Annual report on the lock hospitals of the Madras Presidency
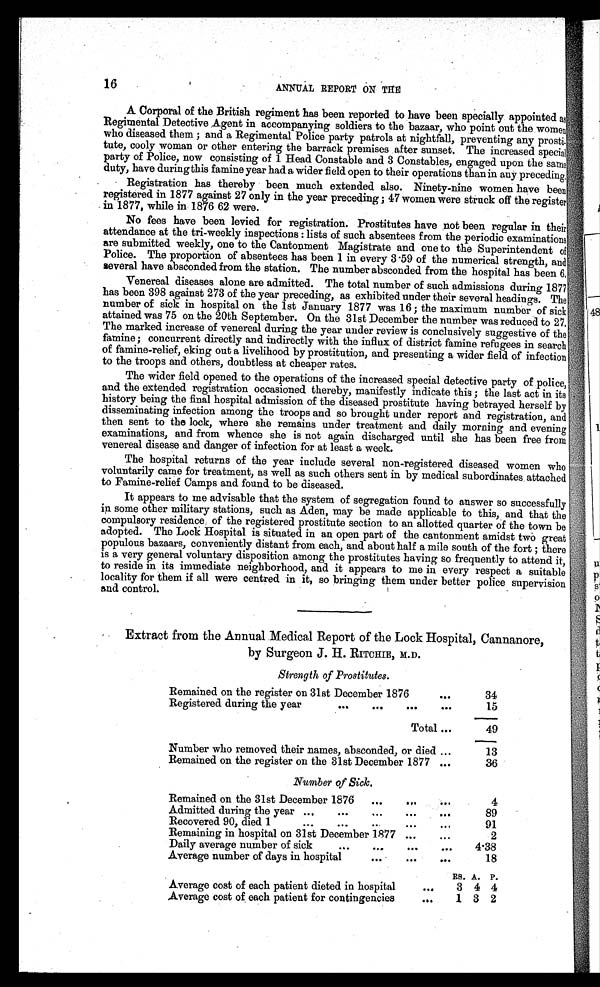
16
ANNUAL REPORT ON THE
A Corporal of the British regiment has been reported to have been specially appointed as
Regimental Detective Agent in accompanying soldiers to the bazaar, who point out the women
who diseased them; and a Regimental Police party patrols at nightfall, preventing any
p r o s t i - t u t e , c o o l y w o m a n o r o t h e r e n t e r i n g t h e b a r r a c k p r e m i s e s a f t e r s u n s e t . T h e i n c r e a s e d
s p e c i a l p a r t y o f P o l i c e , n o w c o n s i s t i n g o f 1 H e a d C o n s t a b l e a n d 3 C o n s t a b l e s , e n g a g e d u p o n t h e
s a m e d u t y , h a v e d u r i n g t h i s f a m i n e y e a r h a d a w i d e r f i e l d o p e n t o t h e i r o p e r a t i o n s t h a n i n a n y p r e c e d i n g .
Registration has thereby been much extended also. Ninety-nine women have been
registered in 1877 against 27 only in the year preceding; 47 women were struck off the register
in 1877, while in 1876 62 were
No fees have been levied for registration. Prostitutes have not been regular in their
attendance at the tri-weekly inspections: lists of such absentees from the periodic examinations
are submitted weekly, one to the Cantonment Magistrate and one to the Superintendent of
Police. The proportion of absentees has been 1 in every 3 .59 of the numerical strength, and
several have absconded from the station. The number absconded from the hospital has been 6.
Venereal diseases alone are admitted. The total number of such admissions during 1877
has been 398 against 273 of the year preceding, as exhibited under their several headings. The
number of sick in hospital on the 1st January 1877 was 16; the maximum number of sick
attained was 75 on the 20th September. On the 31st December the number was reduced to 27.
The marked increase of venereal during the year under review is conclusively suggestive of the
famine; concurrent directly and indirectly with the influx of district famine refugees in search
of famine-relief, eking out a livelihood by prostitution, and presenting a wider field of infection
to the troops and others, doubtless at cheaper rates.
The wider field opened to the operations of the increased special detective party of police,
and the extended registration occasioned thereby, manifestly indicate this; the last act in its
history being the final hospital admission of the diseased prostitute having betrayed herself by
disseminating infection among the troops and so brought under report and registration, and
then sent to the lock, where she remains under treatment and daily morning and evening
examinations, and from whence she is not again discharged until she has been free from
venereal disease and danger of infection for at least a week.
The hospital returns of the year include several non-registered diseased women who
voluntarily came for treatment, as well as such others sent in by medical subordinates attached
to Famine-relief Camps and found to be diseased.
It appears to me advisable that the system of segregation found to answer so successfully
in some other military stations, such as Aden, may be made applicable to this, and that the
compulsory residence of the registered prostitute section to an allotted quarter of the town be
adopted. The Lock Hospital is situated in an open part of the cantonment amidst two great
populous bazaars, conveniently distant from each, and about half a mile south of the fort; there
is a very general voluntary disposition among the prostitutes having so frequently to attend it,
to reside in its immediate neighborhood, and it appears to me in every respect a suitable
locality for them if all were centred in it, so bringing them under better police supervision
and control.
Extract from the Annual Medical Report of the Lock Hospital, Cannanore,
by Surgeon J. H. RITCHIE, M.D.
Strength of Prostitutes.
Remained on the register on 31st December 1876
. . .
34
Registered during the year
...
...
...
. . .
15
Total ...
49
Number who removed their names, absconded, or died ...
13
Remained on the register on the 31st December 1877 ...
36
Number of Sick.
Remained on the 31st December 1876
...
. . .
. . .
4
Admitted during the year .....
...
. . .
. . .
89
Recovered 90, died 1
...
...
...
. . .
. . .
91
Remaining in hospital on 31st December 1877 ...
...
2
Daily average number of sick
...
...
. . .
...
. . . 4.38
Average number of days in hospital
. . .
. . . . . . 18
Average cost of each patient dieted in hospital
. . .
RS. A. P.
3 4 4
Average cost of each patient for contingencies
. . .
1 3 2